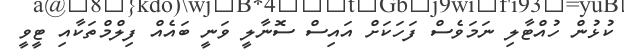
ކުޅުން ހުއްޓާލި ނަމަވެސް ފަހަކަށް އައިސް ސޮނާލީ ވަނީ ބައެއް ފިލްމްތަކާއި ޓީވީ